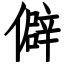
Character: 僻